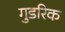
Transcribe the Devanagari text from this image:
गुडरिक